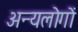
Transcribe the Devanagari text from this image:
अन्यलोगों